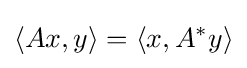
\langle Ax,y\rangle =\langle x,A^{*}y\rangle